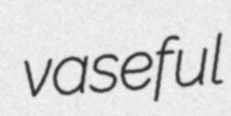
vaseful